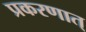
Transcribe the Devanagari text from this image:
प्रकरणात्‌